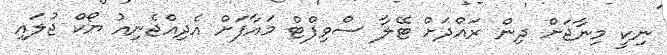
ނިކީ މިނާޖަށް ދިން ރައްދަށް ޓޭލާ ސްވިފްޓް މައާފަށް އެދިއްޖެނިއު ޔޯކް ޖުލައި